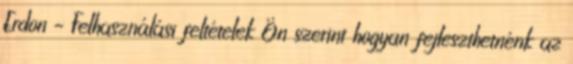
Erdon – Felhasználási feltételek Ön szerint hogyan fejleszthetnénk az